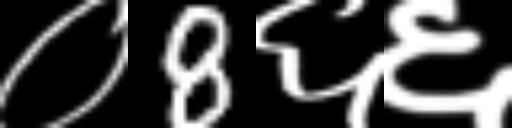
Text: ०8६६